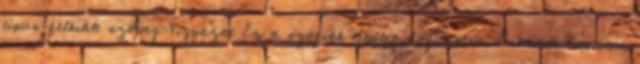
típus=felkiált szöveg=Vigyázat Ez a szócikk tényleg dögunalom. Örömmel értesítem